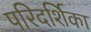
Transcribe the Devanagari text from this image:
परिदर्शिका